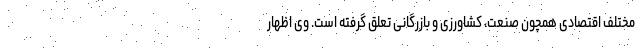
مختلف اقتصادی همچون صنعت، کشاورزی و بازرگانی تعلق گرفته است. وی اظهار